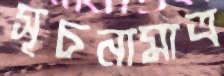
সূচনামাত্র